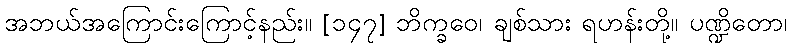
အဘယ်အကြောင်းကြောင့်နည်း။ [၁၄၇] ဘိက္ခဝေ၊ ချစ်သား ရဟန်းတို့။ ပဏ္ဍိတော၊